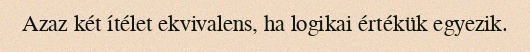
Azaz két ítélet ekvivalens, ha logikai értékük egyezik.